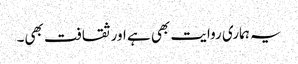
یہ ہماری روایت بھی ہے اور ثقافت بھی۔